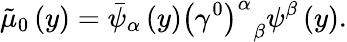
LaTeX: \tilde{\mu}_{0}\left(y\right)=\bar{\psi}_{\alpha}\left(y\right)\left(\gamma^{0}\right)_{\; \; \beta}^{\alpha}\psi^{\beta}\left(y\right).